Vaccine operations Central Provinces 1886-1899 - 1886-1899
Year: 1886
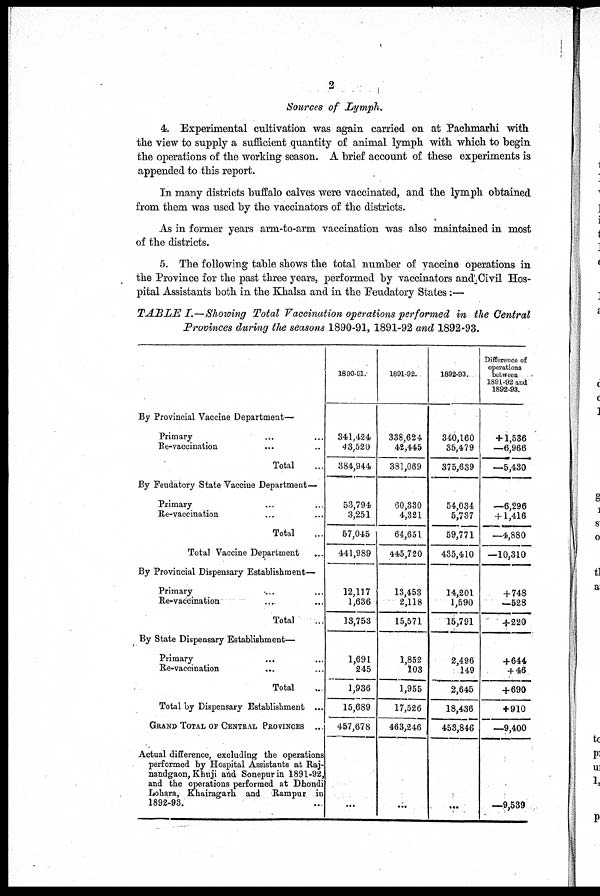
2
Sources of Lymph.
4. Experimental cultivation was again carried on at Pachmarhi with
the view to supply a sufficient quantity of animal lymph with which to begin
the operations of the working season. A brief account of these experiments is
appended to this report.
In many districts buffalo calves were vaccinated, and the lymph obtained
from them was used by the vaccinators of the districts.
As in former years arm-to-arm vaccination was also maintained in most
of the districts.
5. The following table shows the total number of vaccine operations in
the Province for the past three years, performed by vaccinators and Civil Hos-
pital Assistants both in the Khalsa and in the Feudatory States:—
TABLE I.—Showing Total Vaccination operations performed in the Central
Provinces during the seasons 1890-91, 1891-92 and 1892-93.
By Provincial Vaccine Department—
Primary ... ...
Re-vaccination ... ...
Total ...
By Feudatory State Vaccine Department—
Primary ... ...
Re-vaccination ... ...
Total ...
Total Vaccine Department ...
By Provincial Dispensary Establishment—
Primary ... ...
Re-vaccination ... ...
Total ...
By State Dispensary Establishment—
Primary ... ...
Re-vaccination
...
...
Total ...
Total by Dispensary Establishment ...
GRAND TOTAL OF CENTRAL PROVINCES ...
Actual difference, excluding the operations
performed by Hospital Assistants at Raj-
nandgaon, Khuji and Sonepur in 1891-92,
and the operations performed at Dhondi
Lohara, Khairagarh and Rampur in
1892-93.
1890-91.
341,424
43,520
384,944
53,794
3,251
57,045
441,989
12,117
1,636
13,753
1,691
245
1,936
15,689
457,678
...
1891-92.
338,624
42,445
381,069
60,330
4,321
64,651
445,720
13,453
2,118
15,571
1,852
103
1,955
17,526
463,246
...
1892-93.
340,160
35,479
375,639
54,034
5,737
59,771
435,410
14,201
1,590
15,791
2,496
149
2,645
18,436
453,846
...
Difference of
operations
between
1891-92 and
1892-93.
+ 1,536
—6,966
—5,430
—6,296
+ 1,416
—4,880
—10,310
+ 748
—528
+220
+ 644
+ 46
+690
+ 910
—9,400
—9,539